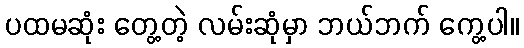
ပထမဆုံး တွေ့တဲ့ လမ်းဆုံမှာ ဘယ်ဘက် ကွေ့ပါ။